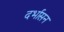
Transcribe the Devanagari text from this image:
दर्भासन